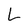
Character: L